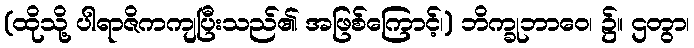
(ထိုသို့ ပါရာဇိကကျပြီးသည်၏ အဖြစ်ကြောင့်၊) ဘိက္ခုဘာဝေ၊ ၌။ ဌတွာ၊